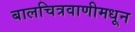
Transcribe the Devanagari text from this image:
बालचित्रवाणीमधून